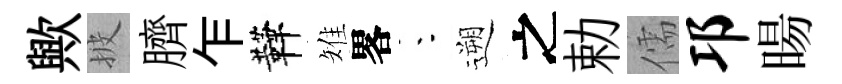
歟披臍乍鞾雉畧朱遡之勅儒邛暘